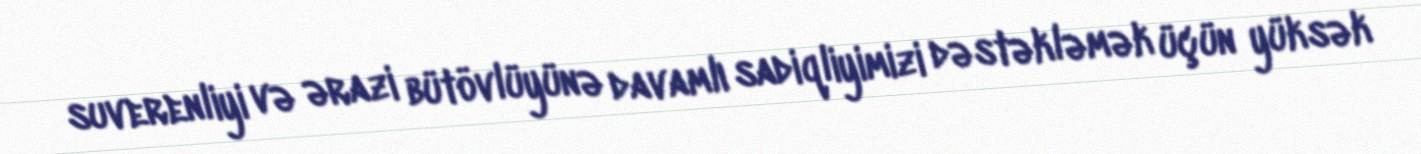
suverenliyi və ərazi bütövlüyünə davamlı sadiqliyimizi dəstəkləmək üçün yüksək